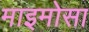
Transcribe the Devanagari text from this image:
माइमोसा